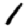
Digit: 1